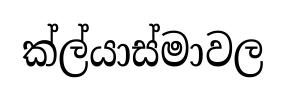
ක්ල්යාස්මාවල